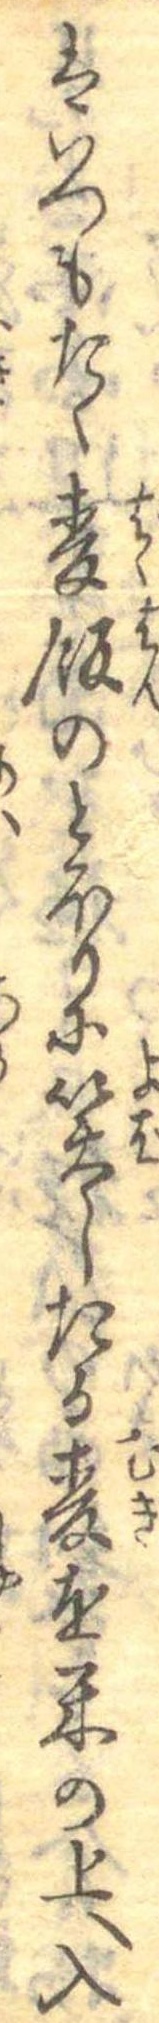
はいつもたく麦飯のとほりに笑したる麦を米の上へ入